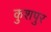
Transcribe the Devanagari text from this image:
कुशपुर